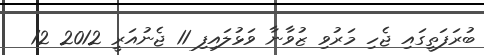
ބުރަފަތީގައި ޖެހި މަރުވި ޒުވާނާ ވަޅުލައިފި 11 ޖެނުއަރީ 2012 12